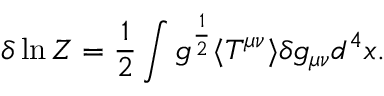
\delta \ln Z = { \frac { 1 } { 2 } } \int g ^ { \frac { 1 } { 2 } } \langle T ^ { \mu \nu } \rangle \delta g _ { \mu \nu } d ^ { 4 } x \space .